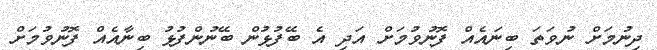
ދިނުމަށް ނުވަތަ ބިނައެއް ފޮނުވުމަށް އަދި އެ ބޭފުޅުން ބޭނުންފުޅު ބިނާއެއް ފޮނުވުމަށް